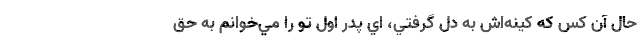
حال آن كس كه كينه‌اش به دل گرفتي،‌ اي پدر اول تو را مي‌خوانم به حق